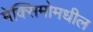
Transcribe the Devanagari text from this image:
मेक्सिमोमधील